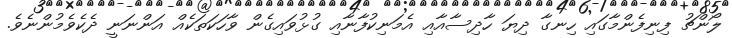
ލޯންޗު ފިނިފެންމާގައި ހިނގާ ދިޔަ ހާދިސާއާއި އެމަނިކުފާނާއި ގުޅުވައިގެން ވާހަކަތަކެއް އަންނަނީ ދެކެވެމުންނެވެ.